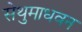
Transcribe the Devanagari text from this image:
सेथुमाधवन